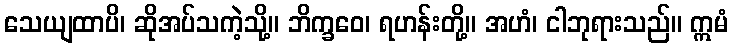
သေယျထာပိ၊ ဆိုအပ်သကဲ့သို့။ ဘိက္ခဝေ၊ ရဟန်းတို့။ အဟံ၊ ငါဘုရားသည်။ ဣမံ